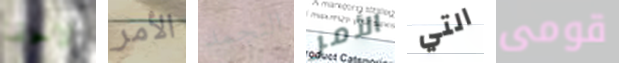
لاحقا الأمر التجمد الأمر التي قومى